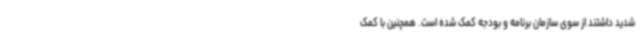
شدید داشتند از سوی سازمان برنامه و بودجه کمک شده است. همچنین با کمک